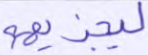
ليجزيهم